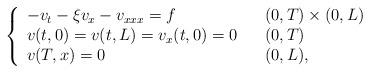
LaTeX: \begin{align*}\left\{\begin{array}[c]{lll}-v_{t}- \xi v _{x}-v_{xxx}=f & & ( 0,T)\times( 0,L) \\v( t,0) =v( t,L) =v_{x}( t,0) =0 & &( 0,T) \\v( T,x) =0 & & ( 0,L) ,\end{array}\right. \end{align*}